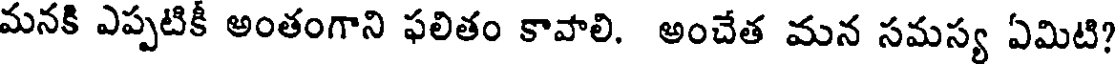
మనకి ఎప్పటికీ అంతంగాని ఫలితం కావాలి. అంచేత మన సమస్య ఏమిటి?